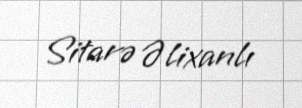
Sitarə Əlixanlı